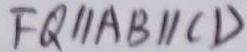
F Q / / A B / / C D